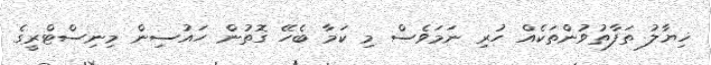
ޚިޔާލު ތަފާތުވުންތަކެއް ހުރި ނަމަވެސް މި ކަމާ ބެހޭ ގޮތުން ހައުސިން މިނިސްޓްރީގެ